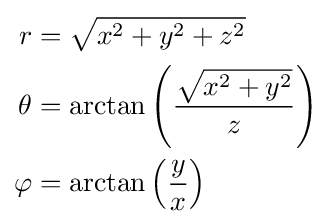
{\begin{aligned}r&={\sqrt {x^{2}+y^{2}+z^{2}}}\\\theta &=\arctan \left({\frac {\sqrt {x^{2}+y^{2}}}{z}}\right)\\\varphi &=\arctan \left({\frac {y}{x}}\right)\end{aligned}}